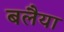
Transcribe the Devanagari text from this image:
बलैया